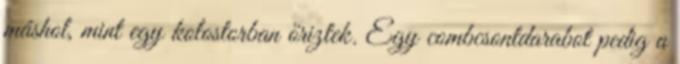
máshol, mint egy kolostorban őriztek. Egy combcsontdarabot pedig a